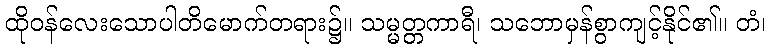
ထိုဝန်လေးသောပါတိမောက်တရား၌။ သမ္မတ္တကာရီ၊ သဘောမှန်စွာကျင့်နိုင်၏။ တံ၊